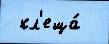
 кл'еща́